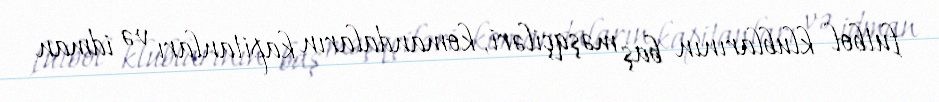
futbol klublarının baş məşqçiləri, komandaların kapitanları və idman